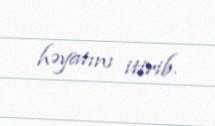
həyatını itirib.